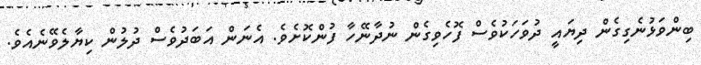
ބިންވަޅުނެގިގެން ދިޔައީ ދުވަހަކުވެސް ފޮހެވިގެން ނުދާނޭހާ ފުންކޮށެވެ. އެނަން އަބަދުވެސް ދުލުން ކިޔާލެވޭނެއެވެ.